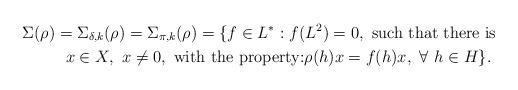
LaTeX: \begin{align*} &\Sigma(\rho)=\Sigma_{\delta ,k}(\rho)=\Sigma_{\pi, k}(\rho)=\{f\in L^*: f(L^2)=0, \hbox{ such that there is }\\& \hskip1.1cmx\in X,\hbox{ } x\neq 0, \hbox { with the property:}\rho (h)x=f(h)x,\hbox{ }\forall\hbox{ } h\in H\}.\\\end{align*}